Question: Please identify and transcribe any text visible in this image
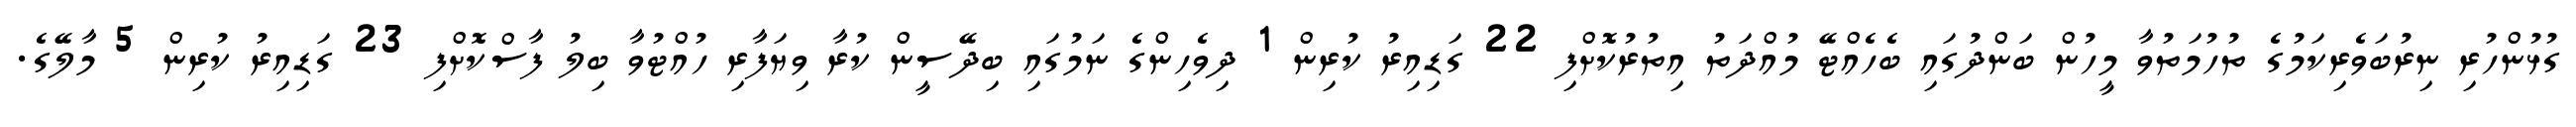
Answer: ގުޅުންހުރި ނިރުބަވެރިކަމުގެ ތުހުމަތުވާ މީހުން ބަންދުގައި ބެހެއްޓޭ މުއްދަތު އިތުރުކޮށްފި 22 ގަޑިއިރު ކުރިން 1 ދިވެހިންގެ ނަމުގައި ބިދޭސީން ކުރާ ވިޔަފާރި ހުއްޓުވާ ބިލު ފާސްކޮށްފި 23 ގަޑިއިރު ކުރިން 5 މާލޭގެ.